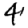
Digit: 4